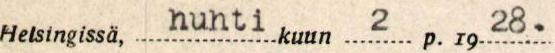
Helsingissä, huhti kuun 2 p. 19 28.